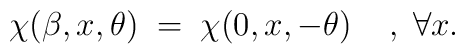
\chi(\beta,x,\theta) \;=\; \chi(0,x,-\theta) \;\;\;\;,\; \forall x.